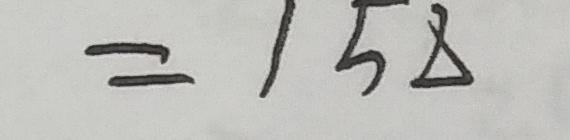
= 1 5 8